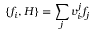
\{ f _ { i } , H \} = \sum _ { j } v _ { i } ^ { j } f _ { j }